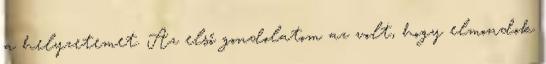
a helyzetemet. Az első gondolatom az volt, hogy elmondok